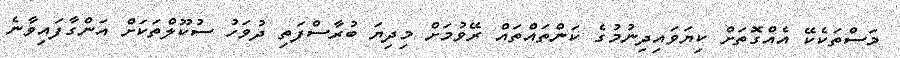
މަސްތަކެކޭ އެއްގޮތަށް ކިޔަވައިދިނުމުގެ ކަންތައްތައް ރޭވުމަށް މިދިޔަ ބުރާސްފަތި ދުވަހު ސުކޫލްތަކަށް އަންގާފައިވާނެ